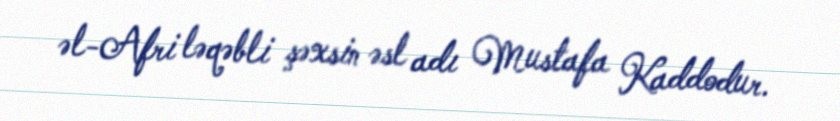
əl-Afri ləqəbli şəxsin əsl adı Mustafa Kaddodur.